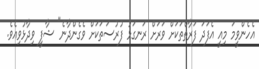
އެހެންވީމަ މިއީ އެފަދަ ފަރާތްތަކަށް ވަރަށް ރަނގަޅު ފުރުސަތަކަށް ވެގެންދާނެ" ޝާފީ ވިދާޅުވިއެވެ.